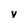
Character: v